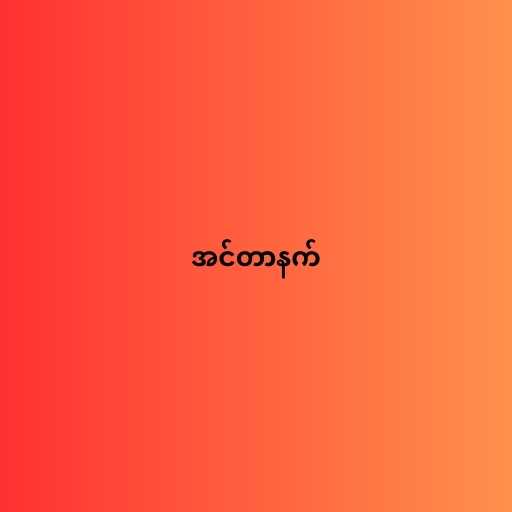
အင်တာနက်